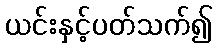
ယင်းနှင့်ပတ်သက်၍